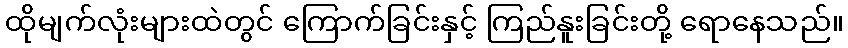
ထိုမျက်လုံးများထဲတွင် ကြောက်ခြင်းနှင့် ကြည်နူးခြင်းတို့ ရောနေသည်။